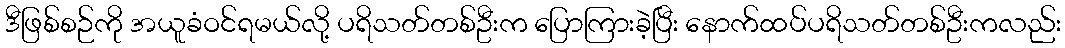
ဒီဖြစ်စဉ်ကို အယူခံဝင်ရမယ်လို့ ပရိသတ်တစ်ဦးက ပြောကြားခဲ့ပြီး နောက်ထပ်ပရိသတ်တစ်ဦးကလည်း